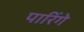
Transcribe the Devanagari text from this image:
पारिंगे